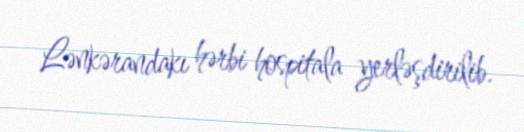
Lənkərandakı hərbi hospitala yerləşdirilib.